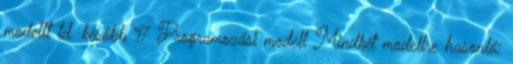
modellt ld. később 17 Programozási modell Mindkét modellre hasonló: